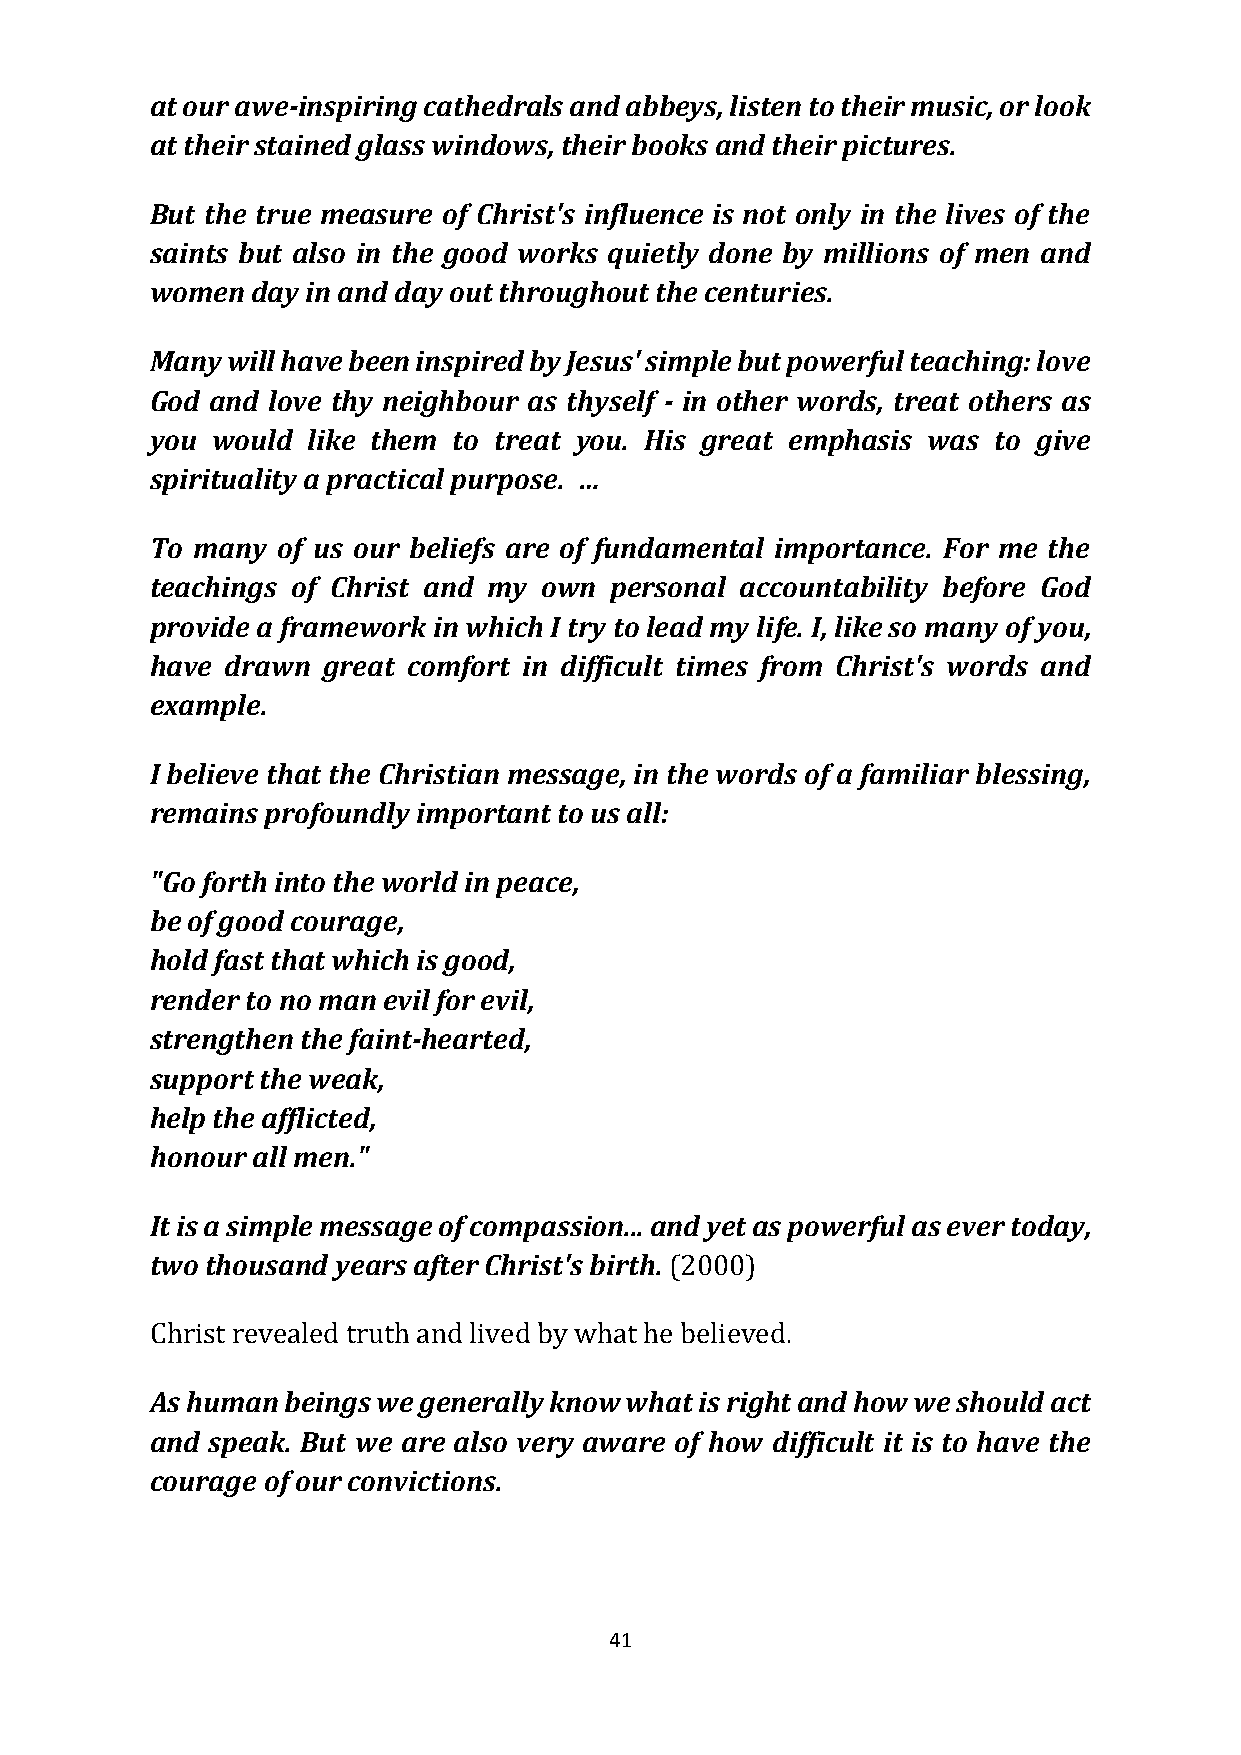
at our awe-inspiring cathedrals and abbeys, listen to their music, or look
 at their stained glass windows, their books and their pictures.
 But the true measure of Christ's influence is not only in the lives of the
 saints but also in the good works quietly done by millions of men and
 women  day in and day out throughout the centuries.
 Many will have been inspired by Jesus' simple but powerful teaching: love
 God and love thy neighbour as thyself - in other words, treat others as
 you would like them to treat you. His great emphasis was to give
 spirituality a practical purpose. …
 To many of us our beliefs are of fundamental importance. For me the
 teachings of Christ and my own personal accountability before God
 provide a framework in which I try to lead my life. I, like so many of you,
 have drawn great comfort in difficult times from Christ's words and
 example.
 I believe that the Christian message, in the words of a familiar blessing,
 remains profoundly important to us all:
 "Go forth into the world in peace,
 be of good courage,
 hold fast that which is good,
 render to no man evil for evil,
 strengthen the faint-hearted,
 support the weak,
 help the afflicted,
 honour all men."
 It is a simple message of compassion... and yet as powerful as ever today,
 two thousand years after Christ's birth. (2000)
 Christ revealed truth and lived by what he believed.
 As human beings we generally know what is right and how we should act
 and speak. But we are also very aware of how difficult it is to have the
 courage of our convictions.
 41